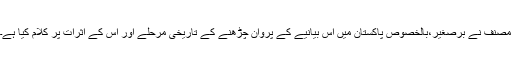
مصنف نے برصغیر،بالخصوص پاکستان میں اس بیانیے کے پروان چڑھنے کے تاریخی مرحلے اور اس کے اثرات پر کلام کیا ہے۔